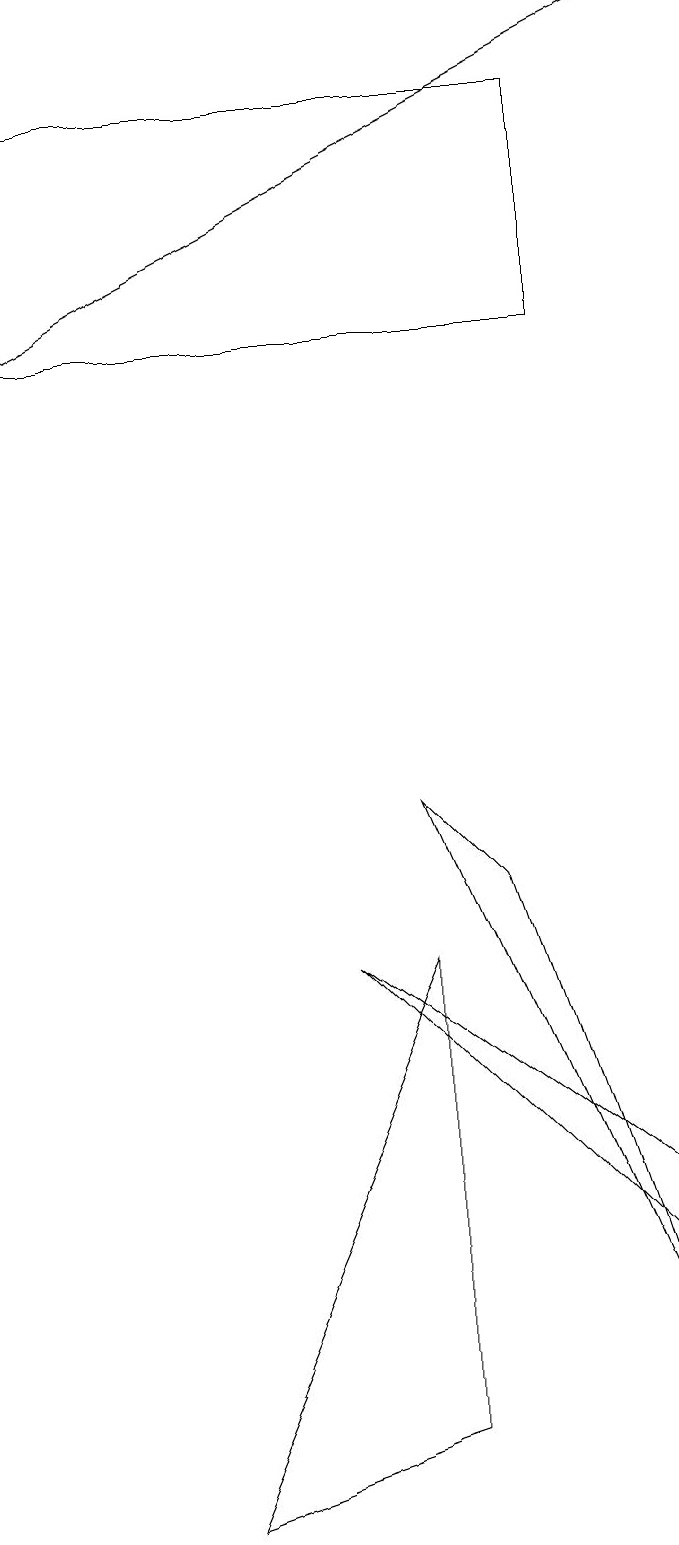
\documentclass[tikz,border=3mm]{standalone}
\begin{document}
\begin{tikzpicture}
\draw (2,0) -- (5,7) -- (5,1) -- cycle;
\draw[->] (8,19) -- (0,15);
\draw (0,18) rectangle (7,15);
\draw (8,3) -- (4,7) -- (8,4) -- cycle;
\draw (5,9) -- (8,2) -- (6,8) -- cycle;
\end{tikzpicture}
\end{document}